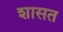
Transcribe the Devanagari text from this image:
शासत